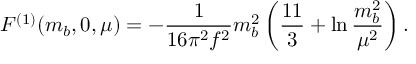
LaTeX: F ^ { ( 1 ) } ( m _ { b } , 0 , \mu ) = - { \frac { 1 } { 1 6 \pi ^ { 2 } f ^ { 2 } } } m _ { b } ^ { 2 } \left( { \frac { 1 1 } { 3 } } + \ln { \frac { m _ { b } ^ { 2 } } { \mu ^ { 2 } } } \right) .